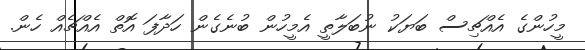
މީހުންގެ އެއްޗިސް ބަޔަކު ނުބަލާތީ އެމީހުން ބުނެގެން ހަދާފަ އޮތް އެއްޗެއް ހެން.